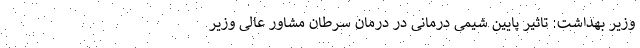
وزیر بهداشت: تاثیر پایین شیمی درمانی در درمان سرطان مشاور عالی وزیر